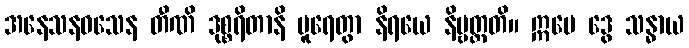
အနေသနဝသေန တီဏိ ဒုစ္စရိတာနိ ပူရေတွာ နိရယေ နိဗ္ဗတ္တတိ။ ဣမေ ဒွေ သန္ဓာယ